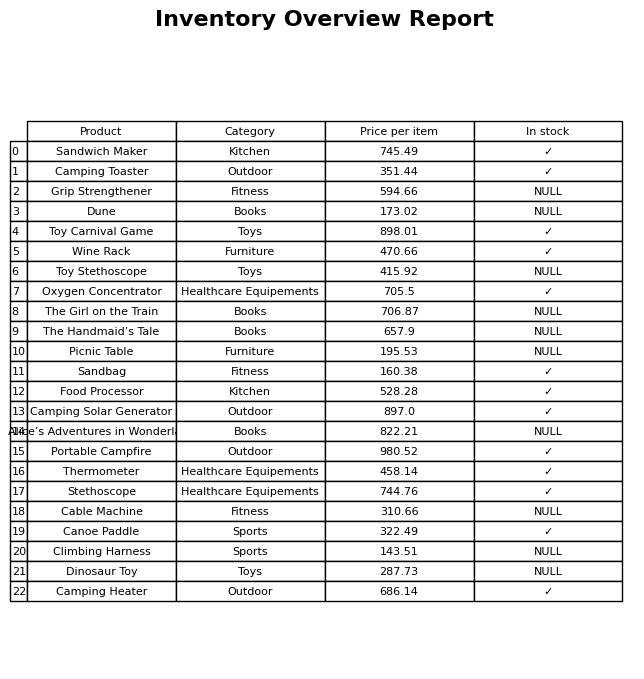
question: What is the price of the Sandbag?
answer: The price of Sandbag is 160.38.